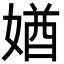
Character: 媨